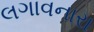
લગાવનારા